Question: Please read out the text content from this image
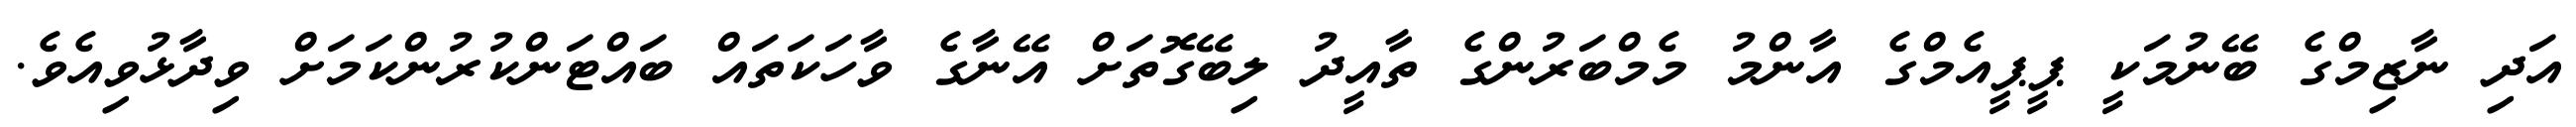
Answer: އަދި ނާޒިމްގެ ބޭނުމަކީ ޕީޕީއެމްގެ އާންމު މެމްބަރުންގެ ތާއީދު ލިބޭގޮތަށް އޭނާގެ ވާހަކަތައް ބައްޓަންކުރުންކަމަށް ވިދާޅުވިއެވެ.